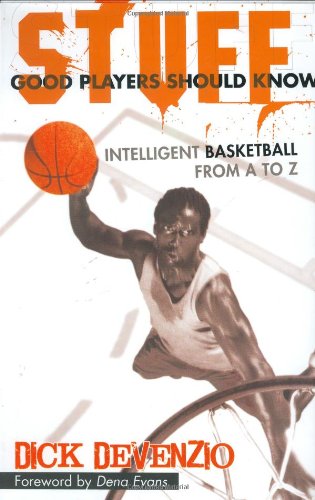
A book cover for Stuff Good Players Should Know: Intelligent Basketball from A to Z; Dick DeVenzio; Sports & Outdoors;